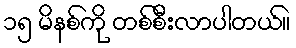
၁၅ မိနစ်ကို တစ်စီးလာပါတယ်။